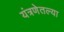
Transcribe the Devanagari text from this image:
यंत्रणेतल्या